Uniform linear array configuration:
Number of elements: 4
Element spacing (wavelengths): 0.25
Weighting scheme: blackman
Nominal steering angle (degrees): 15
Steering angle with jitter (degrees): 16.882
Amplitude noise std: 0.05
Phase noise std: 0.05

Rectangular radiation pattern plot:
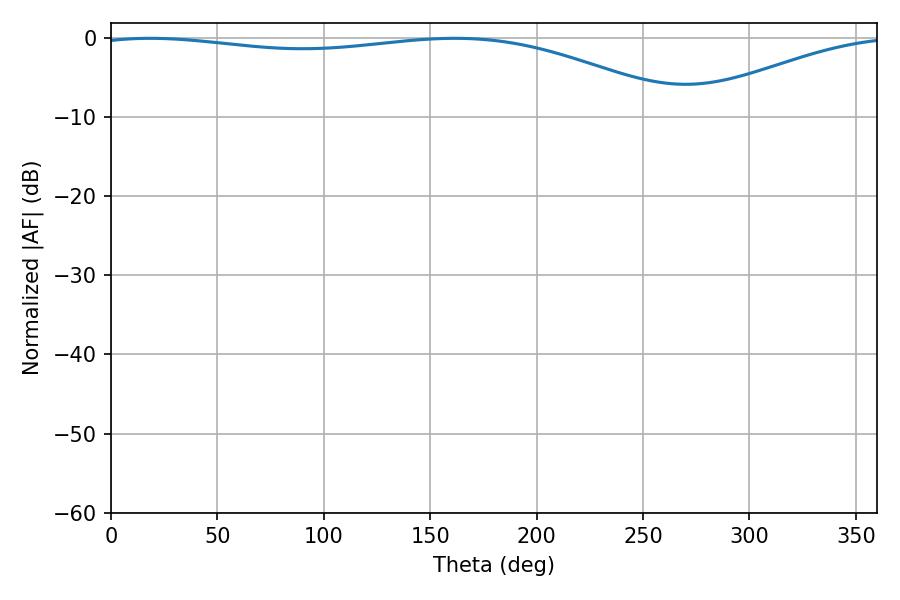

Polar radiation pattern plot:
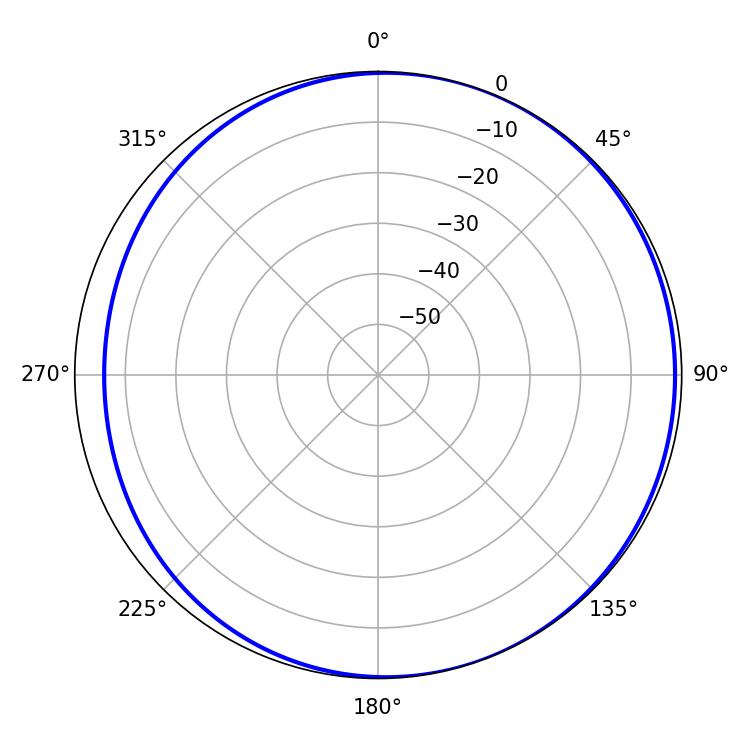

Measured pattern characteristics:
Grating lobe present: FALSE
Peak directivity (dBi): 3.724
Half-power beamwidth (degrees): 223.02
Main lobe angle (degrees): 18.36